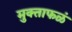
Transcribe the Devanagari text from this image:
मुक्ताफळं